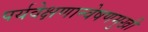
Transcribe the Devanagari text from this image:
पर्यवेक्षणान्वेषणमुखी